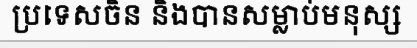
ប្រទេសចិន និងបានសម្លាប់មនុស្ស